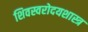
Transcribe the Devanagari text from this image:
शिवस्वरोदयशास्त्र